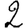
Digit: 2